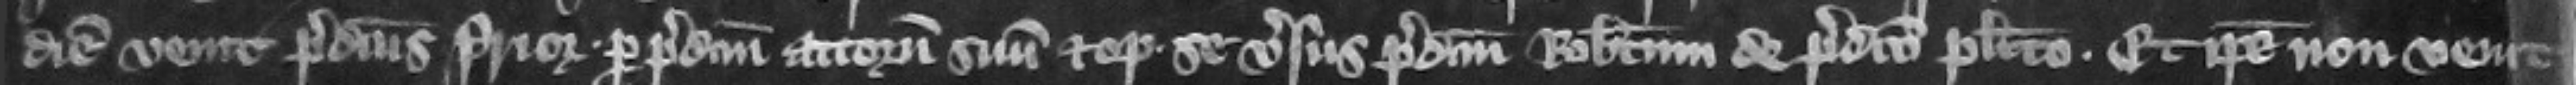
diem venit predictus prior per predictum attornatum suum et optulit se versus predictum Robertum de predicto placito. Et ipse non venit.